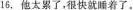
16. 他太累了,根快就睡着了.